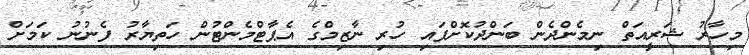
މިހާރު ޝަރީއަތް ނިމެންދެން ބަންދުކޮށްފައި ހުރި ނާޒިމްގެ އެޕާޓްމެންޓުން ހަތިޔާރު ފެނުނު ކަމަށް